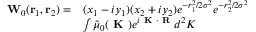
\begin{array} { r l } { \mathbf { { W } } _ { 0 } ( \mathbf { r } _ { 1 } , \mathbf { r } _ { 2 } ) = } & { ( x _ { 1 } - i y _ { 1 } ) ( x _ { 2 } + i y _ { 2 } ) e ^ { - r _ { 1 } ^ { 2 } / 2 \sigma ^ { 2 } } e ^ { - r _ { 2 } ^ { 2 } / 2 \sigma ^ { 2 } } } \\ & { \int \tilde { \mu } _ { 0 } ( \textbf { K } ) e ^ { i \textbf { K } \cdot { \textbf { R } } } d ^ { 2 } K } \end{array}